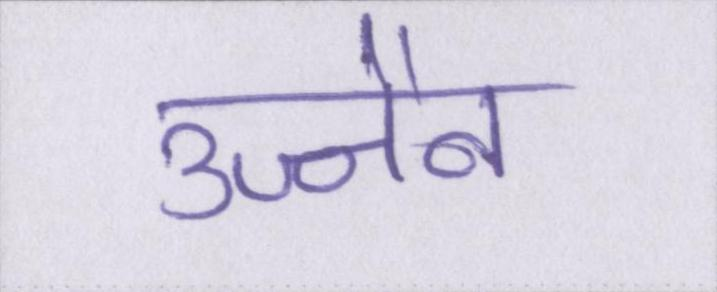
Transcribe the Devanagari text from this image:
उज्जैन